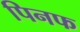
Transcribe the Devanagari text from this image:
पिनफ